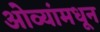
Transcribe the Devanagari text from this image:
ओव्यांमधून